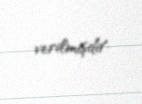
verilmişdir.